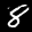
Label: 8